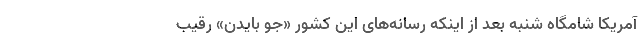
آمریکا شامگاه شنبه بعد از اینکه رسانه‌های این کشور «جو بایدن» رقیب